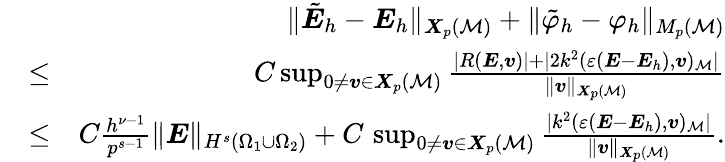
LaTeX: \begin{array}{rlr}&{}&{\| \tilde{\boldsymbol{E}}_{h}-{\boldsymbol{E}}_{h}\| _{{\boldsymbol{X}}_{p}({\cal M})}+\| \tilde{\varphi}_{h}-\varphi_{h}\| _{M_{p}({\cal M})}}\\ &{\le}&{C\operatorname*{sup}_{0\not=\boldsymbol{v}\in{\boldsymbol{X}}_{p}({\cal M})}\frac{|R({\boldsymbol{E}},\boldsymbol{v})|+|2k^{2}(\varepsilon({\boldsymbol{E}}-{\boldsymbol{E}}_{h}),\boldsymbol{v})_{\cal M}|}{\| \boldsymbol{v}\| _{{\boldsymbol{X}}_{p}({\cal M})}}}\\ &{\le}&{C\frac{h^{\nu-1}}{p^{s-1}}\| {\boldsymbol{E}}\| _{H^{s}(\Omega_{1}\cup\Omega_{2})}+C\, \operatorname*{sup}_{0\not=\boldsymbol{v}\in{\boldsymbol{X}}_{p}({\cal M})}\frac{|k^{2}(\varepsilon({\boldsymbol{E}}-{\boldsymbol{E}}_{h}),\boldsymbol{v})_{\cal M}|}{\| \boldsymbol{v}\| _{{\boldsymbol{X}}_{p}({\cal M})}}.}\end{array}